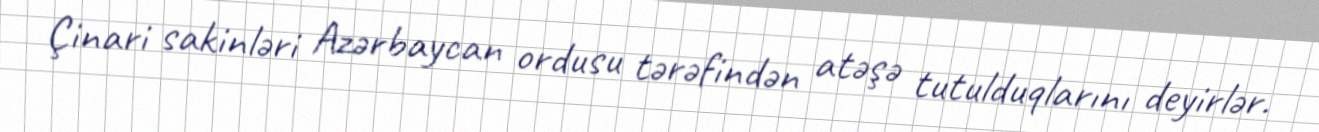
Çinari sakinləri Azərbaycan ordusu tərəfindən atəşə tutulduqlarını deyirlər.